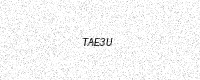
Text: TAE3U